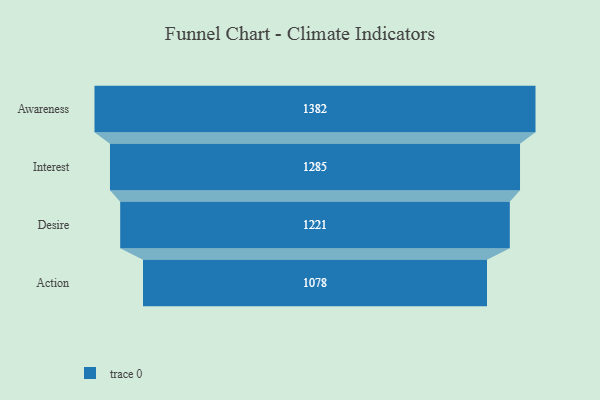
{"axis": {"x": "Stage", "y": "Value"}, "legend": [""], "data": [{"x": "Awareness", "y": 1382.0, "type": ""}, {"x": "Interest", "y": 1285.0, "type": ""}, {"x": "Desire", "y": 1221.0, "type": ""}, {"x": "Action", "y": 1078.0, "type": ""}]}